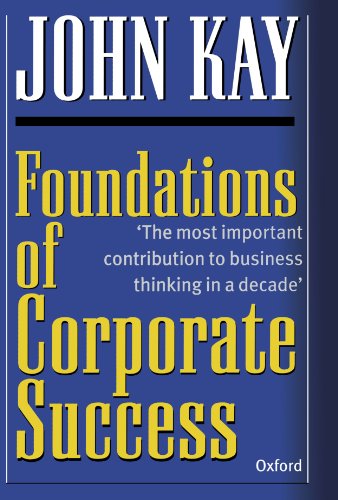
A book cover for Foundations Of Corporate Success; John Kay; Business & Money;